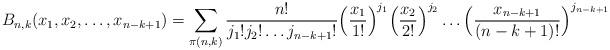
LaTeX: \begin{align*}B_{n,k}(x_1,x_2,\dots,x_{n-k+1}) &= \sum_{\pi(n,k)} \frac{n!}{j_1 ! j_2 ! \dots j_{n-k+1}!} \Big(\frac{x_1}{1!} \Big)^{j_1} \Big(\frac{x_2}{2!} \Big)^{j_2}\dots \Big(\frac{x_{n-k+1}}{(n-k+1)!} \Big)^{j_{n-k+1}}\end{align*}